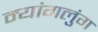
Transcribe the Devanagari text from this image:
म्यांगलुंग